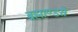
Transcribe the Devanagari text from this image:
ब्रह्माण्डसे